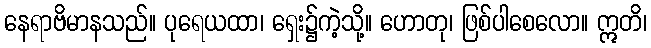
နေရာဗိမာနသည်။ ပုရေယထာ၊ ရှေး၌ကဲ့သို့။ ဟောတု၊ ဖြစ်ပါစေလော။ ဣတိ၊